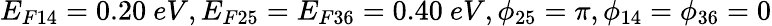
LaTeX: E_{F14}=0.20~eV,E_{F25}=E_{F36}=0.40~eV,\phi_{25}=\pi,\phi_{14}=\phi_{36}=0